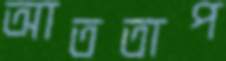
আততাপ